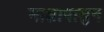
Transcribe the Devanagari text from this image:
माशापासुन